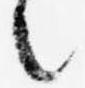
之